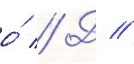
о́ // Д //